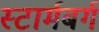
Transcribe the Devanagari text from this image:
स्टार्मबर्ग